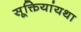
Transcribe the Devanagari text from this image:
सूक्तियांयथा